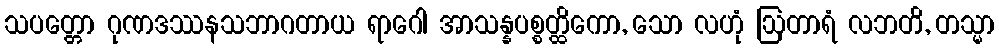
သပတ္တော ဂုဏဒဿနသဘာဂတာယ ရာဂေါ အာသန္နပစ္စတ္ထိကော, သော လဟုံ ဩတာရံ လဘတိ, တသ္မာ